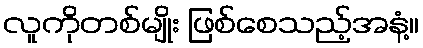
လူကိုတစ်မျိုး ဖြစ်စေသည့်အနံ့။